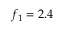
f _ { 1 } = 2 . 4